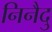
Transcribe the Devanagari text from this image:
निनैदु